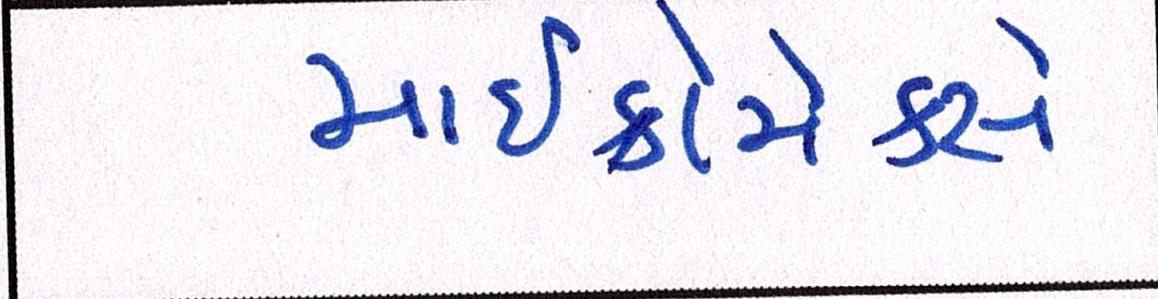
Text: માઈક્રોમેક્સે